Lunatic asylums Burma 1907-21 - 1907-1921
Year: 1907
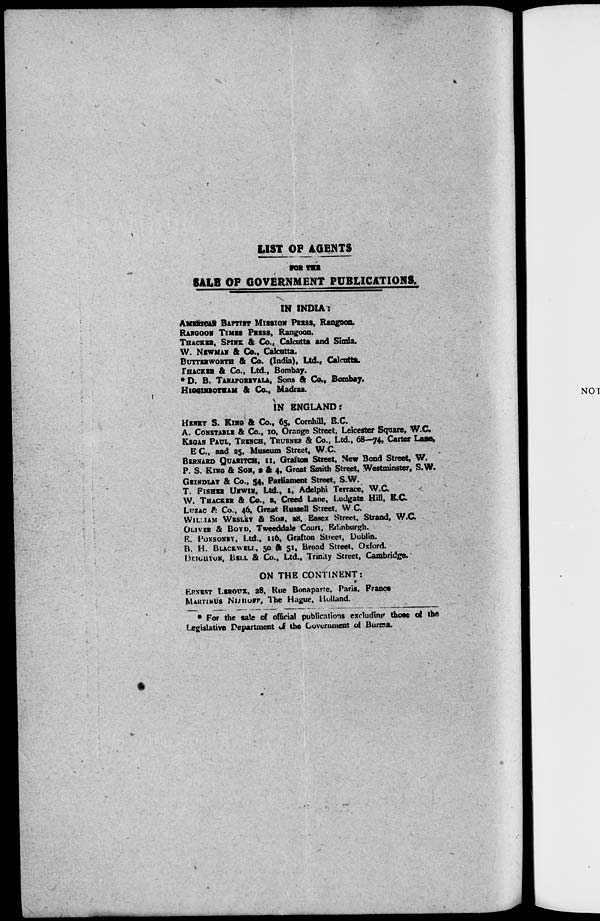
LIST OF AGENTS
FOR THE
SALE OF GOVERNMENT PUBLICATIONS.
IN INDIA:
AMERICAN BAPTIST MISSION PRESS, Rangoon.
RANGOON TIMES PRESS, Rangoon.
THACKER, SPINK & Co., Calcutta and Simla.
W. NEWMAN & Co., Calcutta.
BUTTERWORTH & Co. (India), Ltd., Calcutta.
THACKER & Co., Ltd., Bombay.
* D. B. TARAPOREVALA, Sons & Co., Bombay.
HIGGINBOTHAM & Co., Madras.
IN ENGLAND:
HENRY S. KING & Co., 65, Cornhill, E.C.
A. CONSTABLE & Co., 10, Orange Street, Leicester Square, W.C.
KEGAN PAUL, TRENCH, TRUBNER & Co., Ltd., 68—74, Carter Lane,
E.C., and 25, Museum Street, W.C.
BERNARD QUARITCH, 11, Grafton Street, New Bond Street, W.
P. S. KING & SON, 3 & 4, Great Smith Street, Westminster, S.W.
GRINDLAY & Co., 54, Parliament Street, S.W.
T. FISHER UNWIN, Ltd., 1, Adelphi Terrace, W.C.
W. THACKER & Co., 2, Creed Lane, Ludgate Hill, K.C.
LUZAC & Co., 46, Great Russell Street, W. C.
WILLIAM WESLEY & SON, 28, Easex Street, Strand, W.C.
OLIVER & BOYD, Tweeddale Court, Edinburgh.
E. PONSONBY, Ltd., 116, Grafton Street, Dublin.
B. H. BLACKWELL, 50 & 51, Broad Street, Oxford.
DEIGHTON, BELL & Co., Ltd., Trinity Street, Cambridge.
ON THE CONTINENT:
ERNEST LEROUX, 28, Rue Bonaparte, Paris. France
MARTINUS NIJHOFF, The Hague, Holland.
* For the sale of official publications excluding those of the
Legislative Department of the Government of Burma.